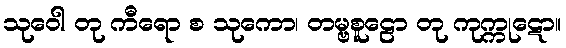
သုဝေါ တု ကီရော စ သုကော၊ တမ္ဗစူဠော တု ကုက္ကုဋော။